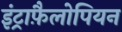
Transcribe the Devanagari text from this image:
इंट्राफ़ैलोपियन